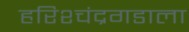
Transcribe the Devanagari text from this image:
हरिश्चंद्रगडाला